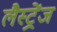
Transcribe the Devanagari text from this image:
लैस्ट्रेंज